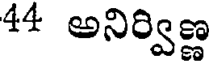
44 అనిర్విణ్ణ